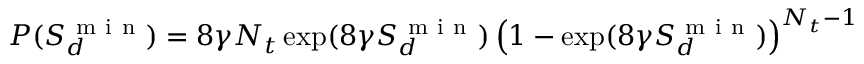
P ( S _ { d } ^ { \mathrm { ~ m ~ i ~ n ~ } } ) = 8 \gamma N _ { t } \exp ( 8 \gamma S _ { d } ^ { \mathrm { ~ m ~ i ~ n ~ } } ) \left( 1 - \exp ( 8 \gamma S _ { d } ^ { \mathrm { ~ m ~ i ~ n ~ } } ) \right) ^ { N _ { t } - 1 }